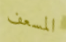
المسعف